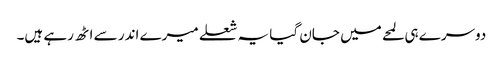
دوسرے ہی لمحے میں جان گیا یہ شعلے میرے اندر سے اٹھ رہے ہیں۔